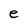
Character: e